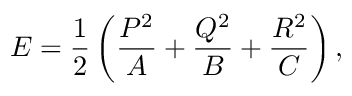
E = \frac { 1 } { 2 } \left( \frac { P ^ { 2 } } { A } + \frac { Q ^ { 2 } } { B } + \frac { R ^ { 2 } } { C } \right) ,